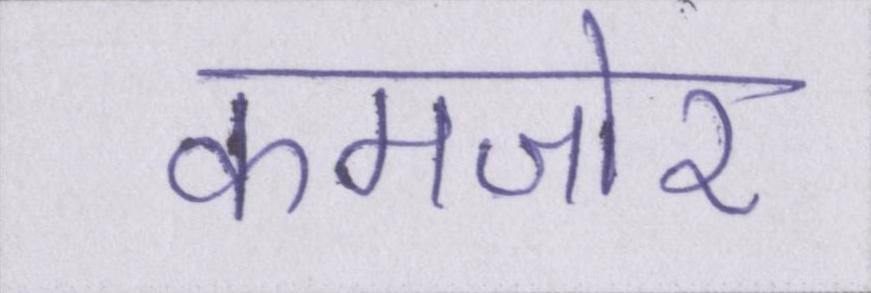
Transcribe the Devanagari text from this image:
कमजोर